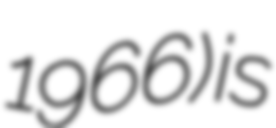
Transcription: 1966) is